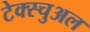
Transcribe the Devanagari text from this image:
टेक्स्चुअल